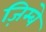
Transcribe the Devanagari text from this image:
ज़िम्बे